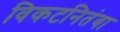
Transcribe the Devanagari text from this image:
विकटनितंबा